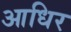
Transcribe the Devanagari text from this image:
आधिर